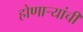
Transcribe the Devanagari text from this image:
होणार्‍यांची